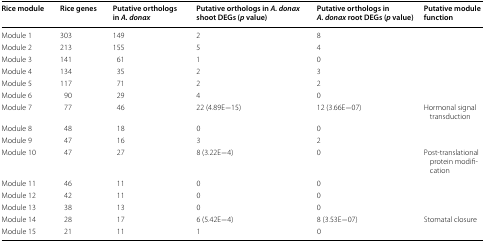
<table><thead><tr><td><b>Rice module</b></td><td><b>Rice genes</b></td><td><b>Putative orthologs in <i>A. donax</i></b></td><td><b>Putative orthologs in <i>A. donax</i> shoot DEGs (<i>p</i> value)</b></td><td><b>Putative orthologs in <i>A. donax</i> root DEGs (<i>p</i> value)</b></td><td><b>Putative module function</b></td></tr></thead><tbody><tr><td>Module 1</td><td>303</td><td>149</td><td>2</td><td>8</td><td></td></tr><tr><td>Module 2</td><td>213</td><td>155</td><td>5</td><td>4</td><td></td></tr><tr><td>Module 3</td><td>141</td><td>61</td><td>1</td><td>0</td><td></td></tr><tr><td>Module 4</td><td>134</td><td>35</td><td>2</td><td>3</td><td></td></tr><tr><td>Module 5</td><td>117</td><td>71</td><td>2</td><td>2</td><td></td></tr><tr><td>Module 6</td><td>90</td><td>29</td><td>4</td><td>0</td><td></td></tr><tr><td>Module 7</td><td>77</td><td>46</td><td>22 (4.89E−15)</td><td>12 (3.66E−07)</td><td>Hormonal signal transduction</td></tr><tr><td>Module 8</td><td>48</td><td>18</td><td>0</td><td>0</td><td></td></tr><tr><td>Module 9</td><td>47</td><td>16</td><td>3</td><td>2</td><td></td></tr><tr><td>Module 10</td><td>47</td><td>27</td><td>8 (3.22E−4)</td><td>0</td><td>Post-translational protein modification</td></tr><tr><td>Module 11</td><td>46</td><td>11</td><td>0</td><td>0</td><td></td></tr><tr><td>Module 12</td><td>42</td><td>11</td><td>0</td><td>0</td><td></td></tr><tr><td>Module 13</td><td>38</td><td>13</td><td>0</td><td>0</td><td></td></tr><tr><td>Module 14</td><td>28</td><td>17</td><td>6 (5.42E−4)</td><td>8 (3.53E−07)</td><td>Stomatal closure</td></tr><tr><td>Module 15</td><td>21</td><td>11</td><td>1</td><td>0</td><td></td></tr></tbody></table>